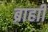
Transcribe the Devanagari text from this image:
ब्राहाी